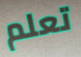
تعلم